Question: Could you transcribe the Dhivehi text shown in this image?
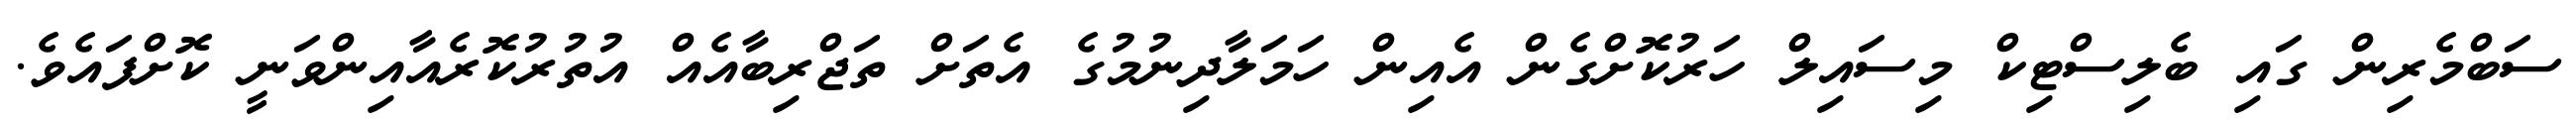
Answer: ސަބްމެރިން ގައި ބެލިސްޓިކް މިސައިލް ހަރުކޮށްގެން އެއިން ހަމަލާދިނުމުގެ އެތަށް ތަޖްރިބާއެއް އުތުރުކޮރެއާއިންވަނީ ކޮށްފައެވެ.